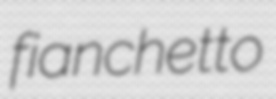
fianchetto